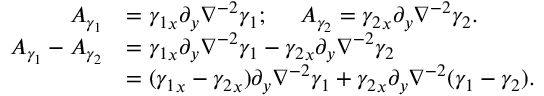
\begin{array} { r l } { A _ { \gamma _ { 1 } } } & { = { \gamma _ { 1 } } _ { x } \partial _ { y } \nabla ^ { - 2 } \gamma _ { 1 } ; \ \ \ \ A _ { \gamma _ { 2 } } = { \gamma _ { 2 } } _ { x } \partial _ { y } \nabla ^ { - 2 } \gamma _ { 2 } . } \\ { A _ { \gamma _ { 1 } } - A _ { \gamma _ { 2 } } } & { = { \gamma _ { 1 } } _ { x } \partial _ { y } \nabla ^ { - 2 } \gamma _ { 1 } - { \gamma _ { 2 } } _ { x } \partial _ { y } \nabla ^ { - 2 } { \gamma _ { 2 } } } \\ & { = ( { \gamma _ { 1 } } _ { x } - { \gamma _ { 2 } } _ { x } ) \partial _ { y } \nabla ^ { - 2 } \gamma _ { 1 } + { \gamma _ { 2 } } _ { x } \partial _ { y } \nabla ^ { - 2 } ( \gamma _ { 1 } - { \gamma _ { 2 } } ) . } \end{array}